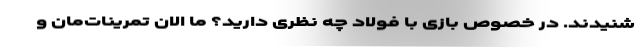
شنیدند. در خصوص بازی با فولاد چه نظری دارید؟ ما الان تمرینات‌مان و